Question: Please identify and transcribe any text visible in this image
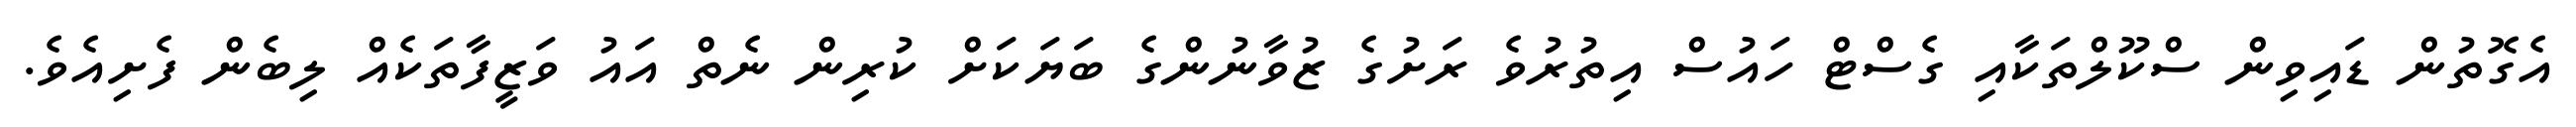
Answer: އެގޮތުން ޑައިވިން ސްކޫލްތަކާއި ގެސްޓް ހައުސް އިތުރުވެ ރަށުގެ ޒުވާނުންގެ ބަޔަކަށް ކުރިން ނެތް އައު ވަޒީފާތަކެއް ލިބެން ފެށިއެވެ.